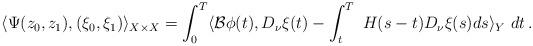
LaTeX: \begin{align*}\langle\Psi(z_0,z_1),(\xi_0,\xi_1)\rangle_{X\times X}=\int_0^T \langle\mathcal{B}\phi(t), D_\nu\xi(t)-\int_t^T\ H(s-t)D_\nu\xi(s)ds\rangle_Y \ dt \,. \end{align*}